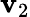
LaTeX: \mathbf{v}_{2}